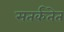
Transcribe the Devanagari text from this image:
सतर्कतेत